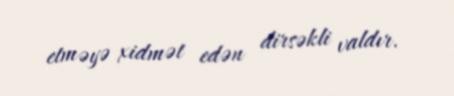
etməyə xidmət edən dirsəkli valdır.